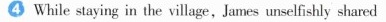
While staying in the village,James unselfishly shared